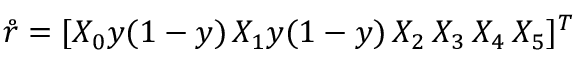
\mathring { r } = [ X _ { 0 } y ( 1 - y ) \, X _ { 1 } y ( 1 - y ) \, X _ { 2 } \, X _ { 3 } \, X _ { 4 } \, X _ { 5 } ] ^ { T }